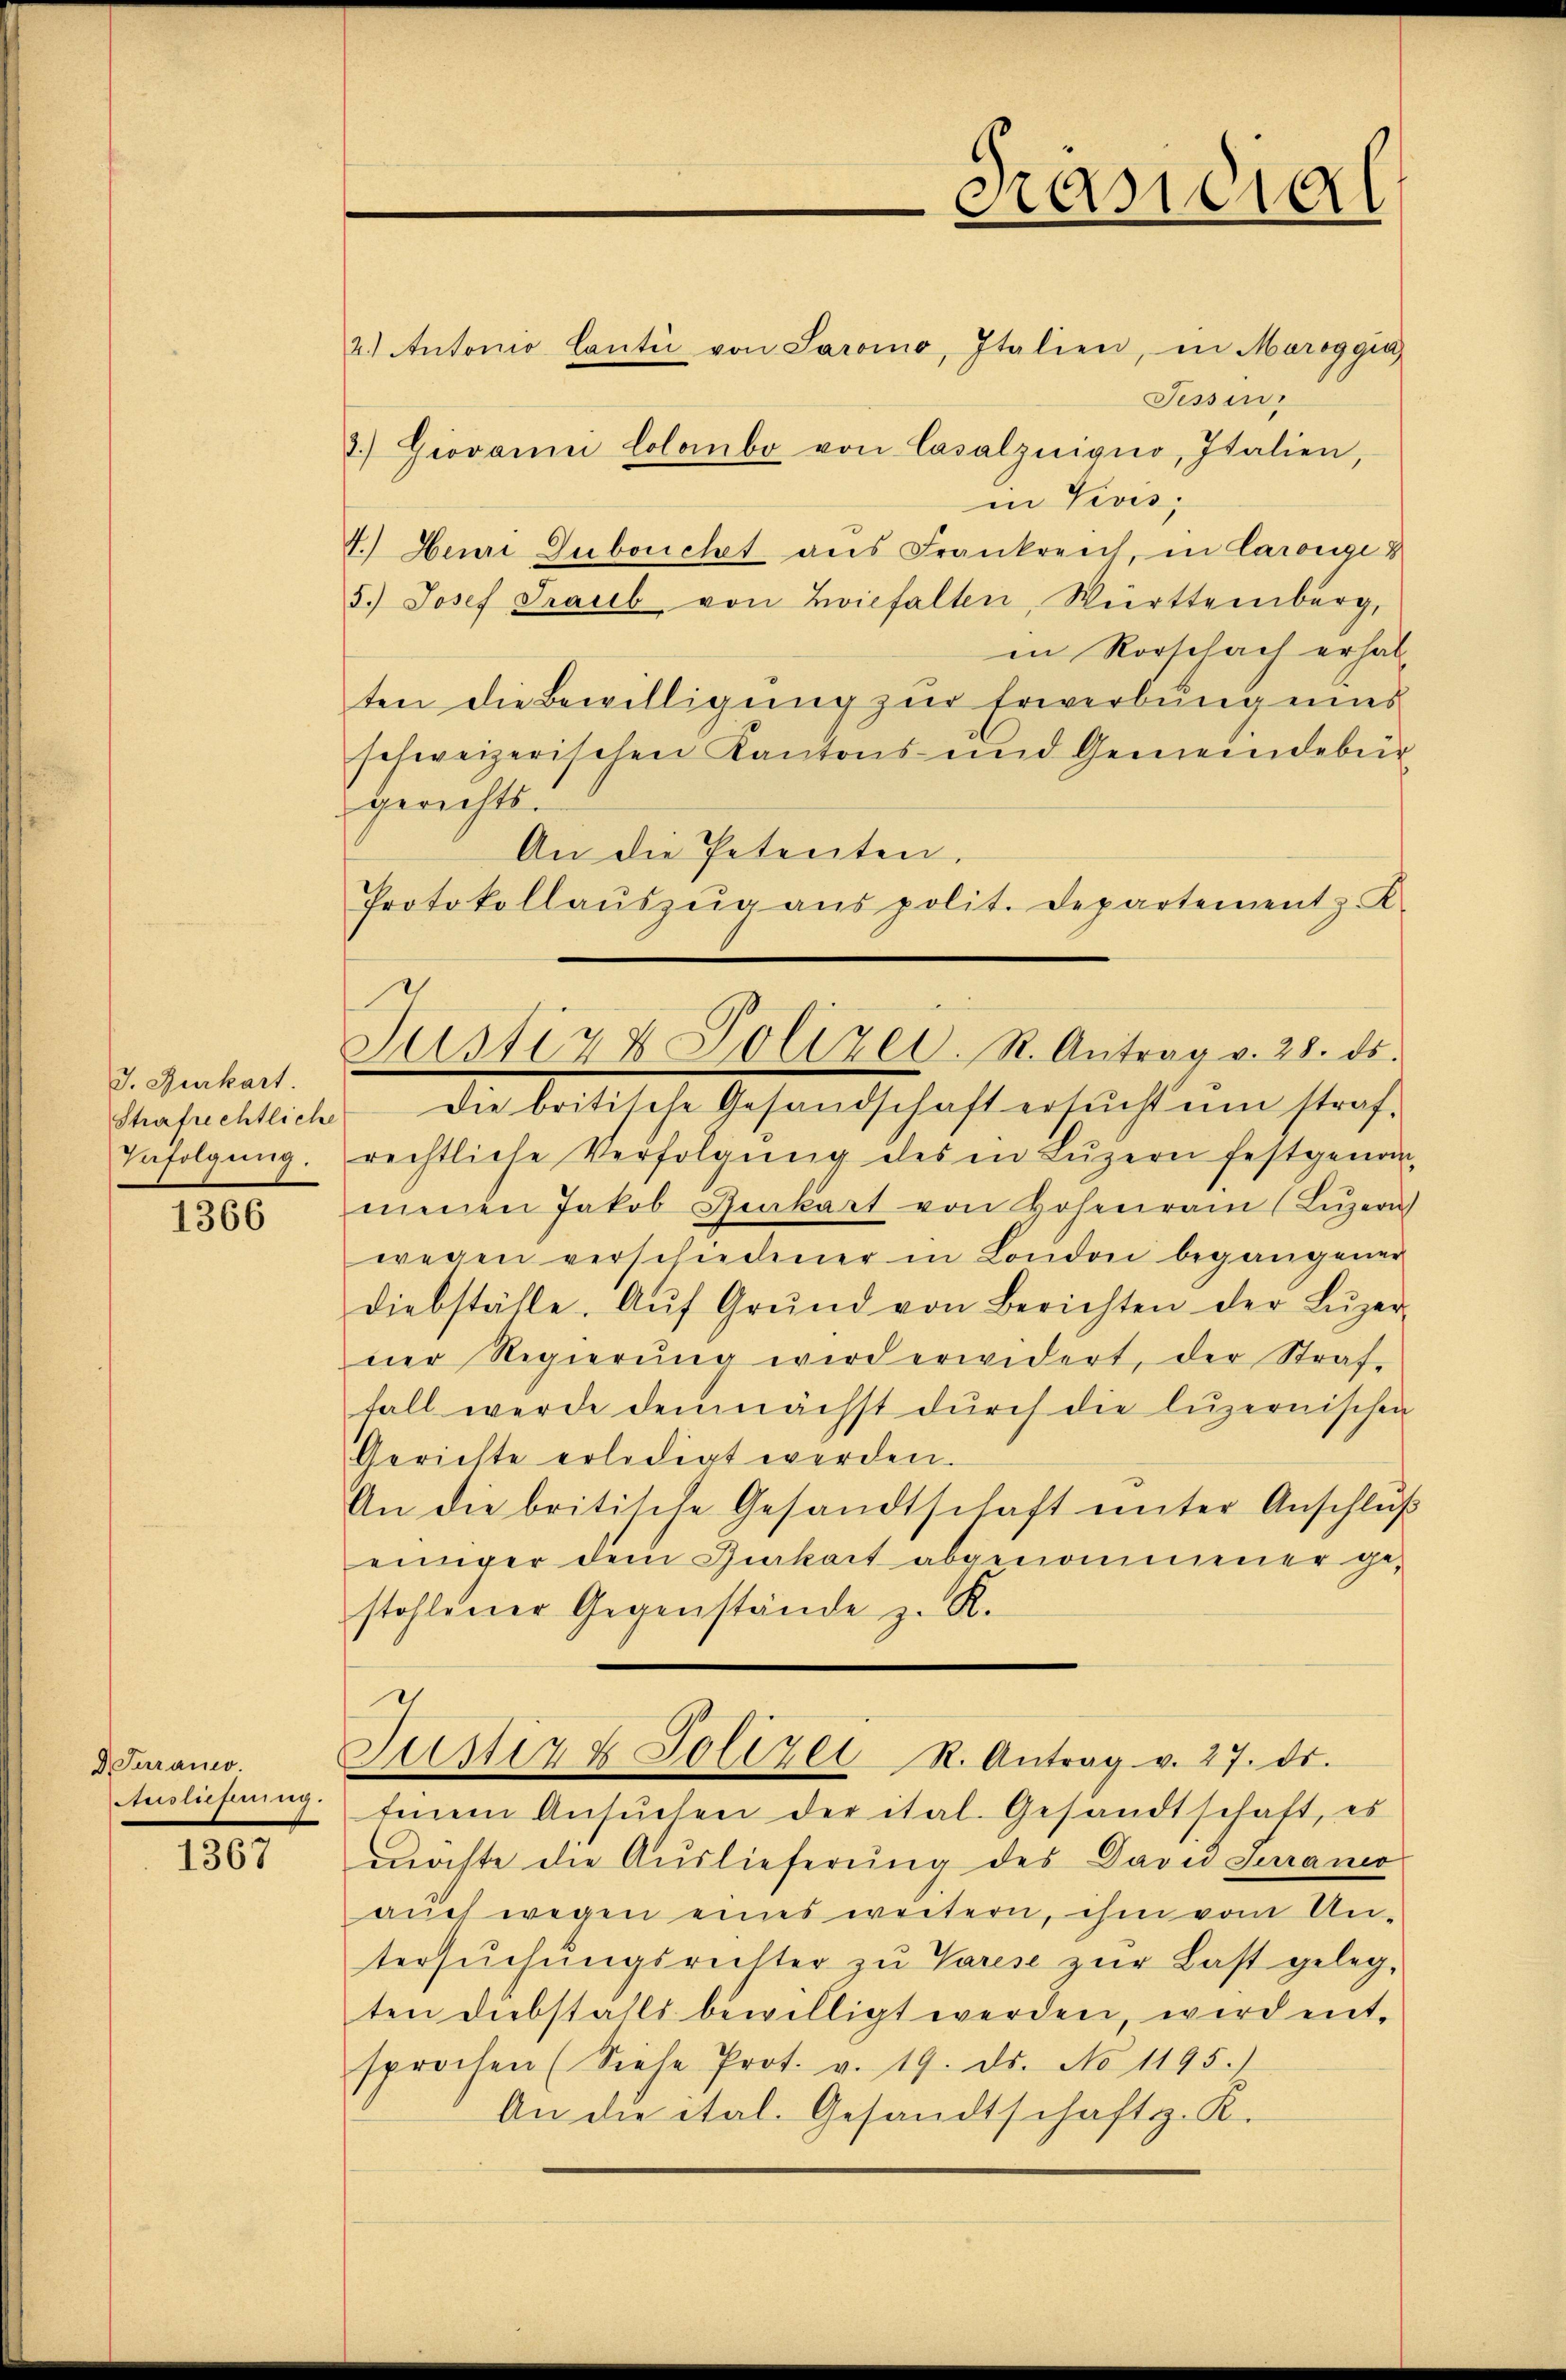
J. Furkart.
Strafrechtliche
Infolgung.

1366

Turanco
Ausliefung.

1367

Justiz & Polizei. R. Antrag v. 28. ds.

2.) Antonio Cantii von Saromo, Italien, in Maroggia
Fessen.
2.) Giovanni Colombo von Casalzuigno, Italien,
in Vives;
4.) Henri Dubouchet aus Frankreich in Carolge d
5.) Josef Traub von Zviehalten, Württemberg,
in Rorschach erhal
ten die Bewilligŭng zŭr Erwerbŭng eines
schweizerischen Kantons und Gemeindebür
gerichts.
An die Petenten.
Protokollaŭszŭg aŭs polit. Departement z. K.
die Bittsche Gesandschaft ersucht um straf
rechtliche Verfolgŭng des in Lŭzern festgeno
menen Jakob Grakart von Hohenrain (Lŭzern
wegen verschiedener in London begangener
diebställe. Aŭf Grŭnd von Berichten der Lŭzer
ner Regierung wird erwidert, der Straf-
fall werde demnächst dŭrch die luzernischen
Gerichte erledigt werden.
An die britische Gesandtschaft unter Anschlag
einiger dem Chiakart abgenommener gestohlener Gegenstände z. K.
1
Justiz & Polizei R. Antrag v. 27. ds.
tenem Ansŭchen der ital. Gesandtschaft, es
möchte die Auslieferung des David Saraner
auch wegen eines weitern, ihm vom Untersŭchŭngsrechter zŭ Varese zŭr Last geleg-
ten Diebstalls bewilligt werden, wird entsprochen (Siehe Prot. v. 19. ds. No 1195.)
An die ital. Gesandtschaft z. K.

Präsidial